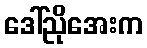
ဒေါ်ညိုအေးက